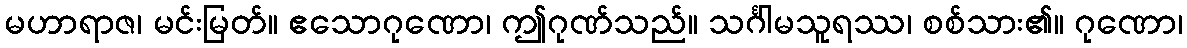
မဟာရာဇ၊ မင်းမြတ်။ ဧသောဂုဏော၊ ဤဂုဏ်သည်။ သင်္ဂါမသူရဿ၊ စစ်သား၏။ ဂုဏော၊